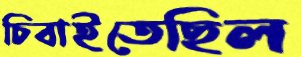
চিবাইতেছিল